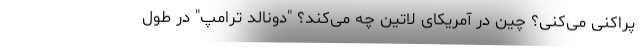
پراکنی می‌کنی؟ چین در آمریکای لاتین چه می‌کند؟ "دونالد ترامپ" در طول